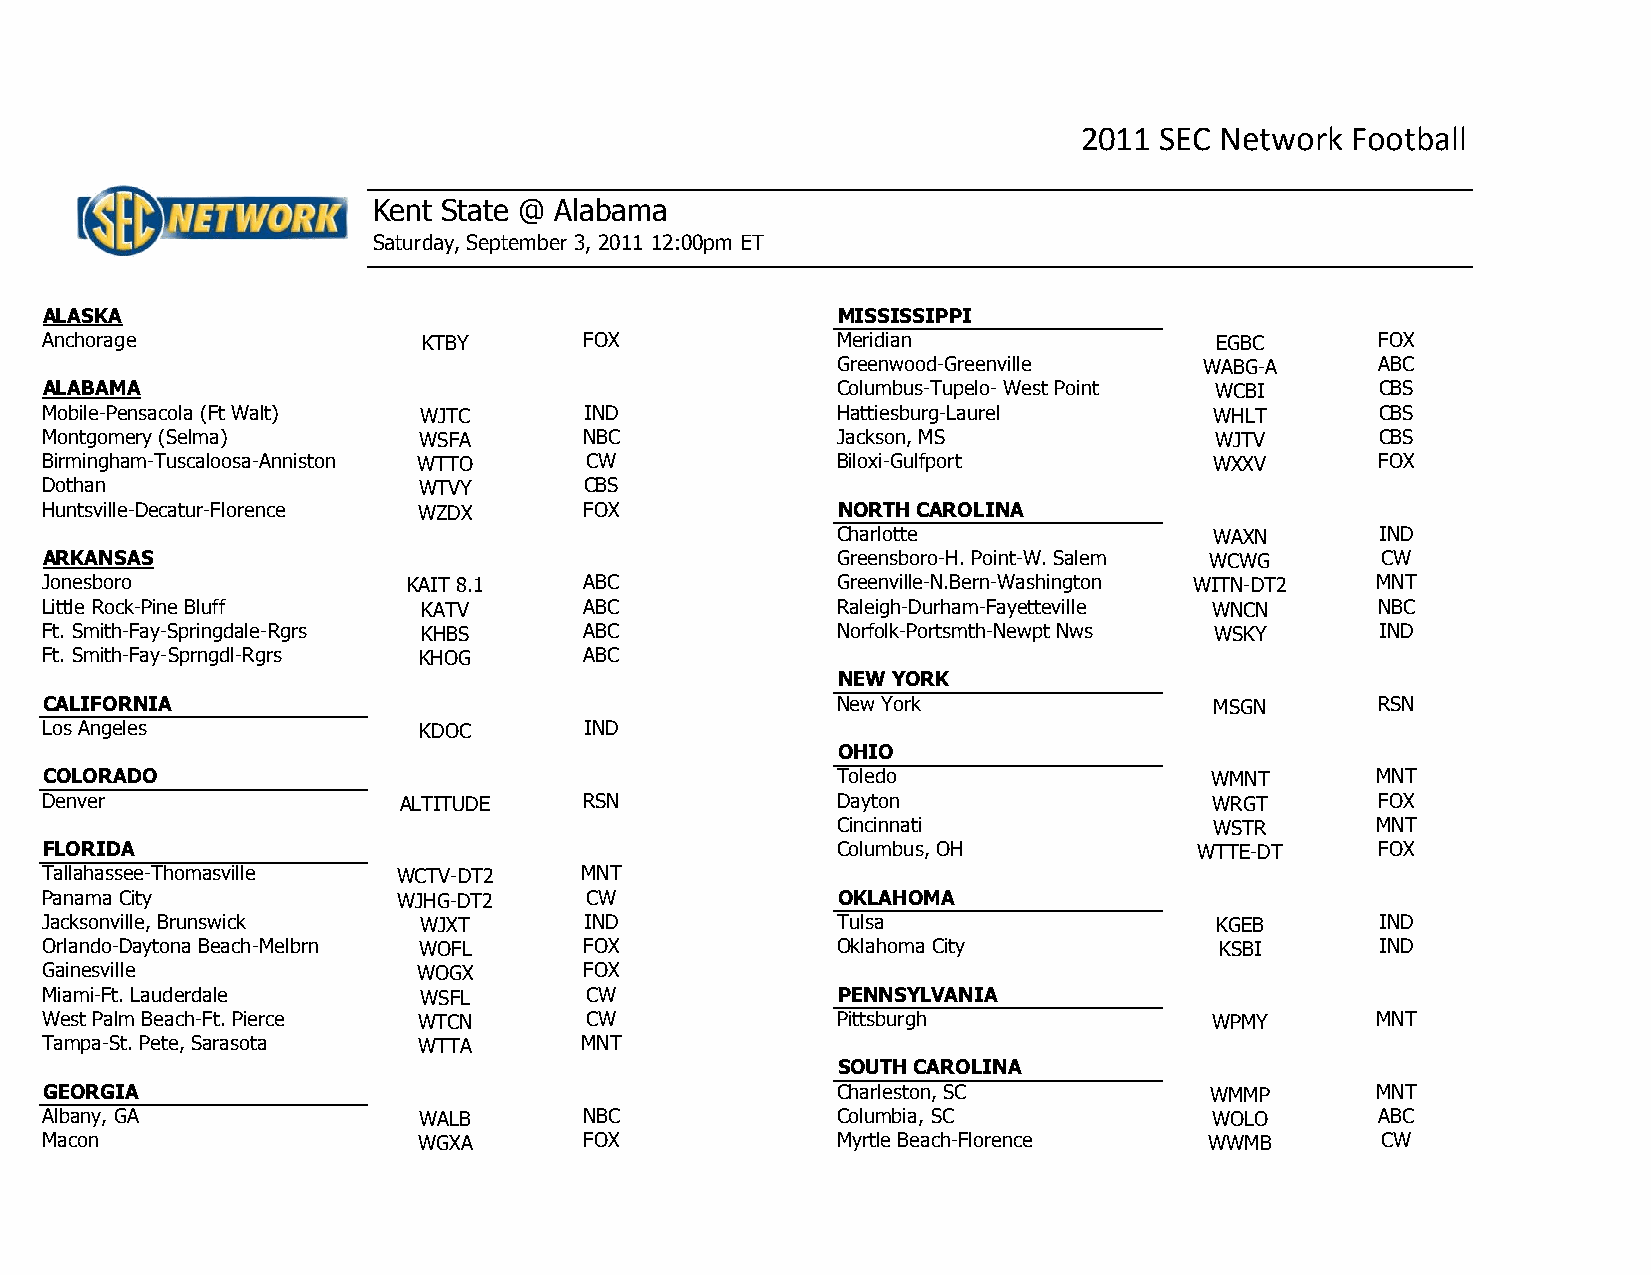
2011 SEC Network Football
 Kent State @ Alabama
 Saturday, September 3, 2011 12:00pm ET
 ALASKA                                              MISSISSIPPI
 Anchorage                KTBY       FOX             Meridian                 EGBC       FOX
 Greenwood-Greenville     WABG-A     ABC
 ALABAMA                                             Columbus-Tupelo- West Point WCBI    CBS
 Mobile-Pensacola (Ft Walt) WJTC     IND             Hattiesburg-Laurel       WHLT       CBS
 Montgomery (Selma)       WSFA       NBC             Jackson, MS              WJTV       CBS
 Birmingham-Tuscaloosa-Anniston WTTO CW              Biloxi-Gulfport          WXXV       FOX
 Dothan                   WTVY       CBS
 Huntsville-Decatur-Florence WZDX    FOX             NORTH CAROLINA
 Charlotte                WAXN       IND
 ARKANSAS                                            Greensboro-H. Point-W. Salem WCWG   CW
 Jonesboro               KAIT 8.1    ABC             Greenville-N.Bern-Washington WITN-DT2 MNT
 Little Rock-Pine Bluff   KATV       ABC             Raleigh-Durham-Fayetteville WNCN    NBC
 Ft. Smith-Fay-Springdale-Rgrs KHBS  ABC             Norfolk-Portsmth-Newpt Nws WSKY     IND
 Ft. Smith-Fay-Sprngdl-Rgrs KHOG     ABC
 NEW YORK
 CALIFORNIA                                          New York                 MSGN       RSN
 Los Angeles              KDOC       IND
 OHIO
 COLORADO                                            Toledo                   WMNT       MNT
 Denver                 ALTITUDE     RSN             Dayton                   WRGT       FOX
 Cincinnati               WSTR       MNT
 FLORIDA                                             Columbus, OH            WTTE-DT     FOX
 Tallahassee-Thomasville WCTV-DT2   MNT
 Panama City            WJHG-DT2     CW              OKLAHOMA
 Jacksonville, Brunswick  WJXT       IND             Tulsa                    KGEB       IND
 Orlando-Daytona Beach-Melbrn WOFL   FOX             Oklahoma City             KSBI      IND
 Gainesville              WOGX       FOX
 Miami-Ft. Lauderdale     WSFL       CW              PENNSYLVANIA
 West Palm Beach-Ft. Pierce WTCN     CW              Pittsburgh               WPMY       MNT
 Tampa-St. Pete, Sarasota WTTA      MNT
 SOUTH CAROLINA
 GEORGIA                                             Charleston, SC           WMMP       MNT
 Albany, GA               WALB       NBC             Columbia, SC             WOLO       ABC
 Macon                    WGXA       FOX             Myrtle Beach-Florence    WWMB       CW